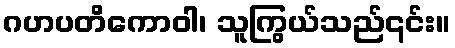
ဂဟပတိကောဝါ၊ သူကြွယ်သည်၎င်း။